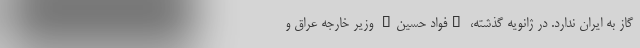
گاز به ایران ندارد. در ژانویه گذشته، "فواد حسین" وزیر خارجه عراق و